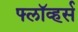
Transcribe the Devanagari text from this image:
फ्लॉव्हर्स